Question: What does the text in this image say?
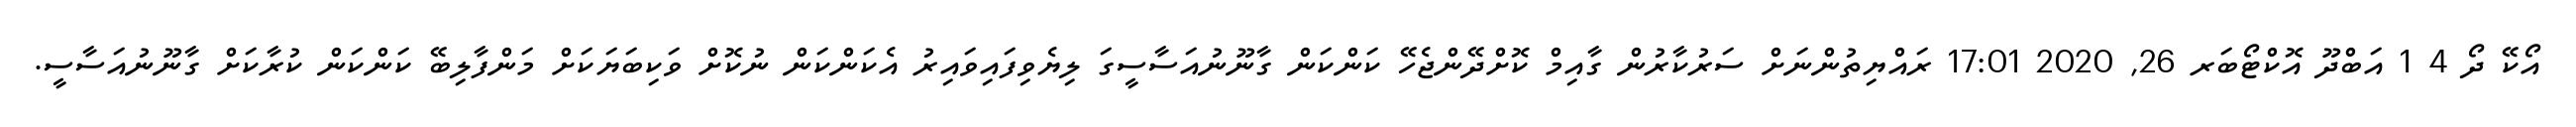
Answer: އޯކޭ ދޯ 4 1 އަބްދޫ އޮކްޓޯބަރ 26, 2020 17:01 ރައްޔިތުންނަށް ސަރުކާރުން ގާއިމް ކޮށްދޭންޖެހޭ ކަންކަން ގާނޫނުއަސާސީގަ ލިޔެވިފައިވައިރު އެކަންކަން ނުކޮށް ވަކިބަޔަކަށް މަންފާލިބޭ ކަންކަން ކުރާކަށް ގާނޫނުއަސާސީ.